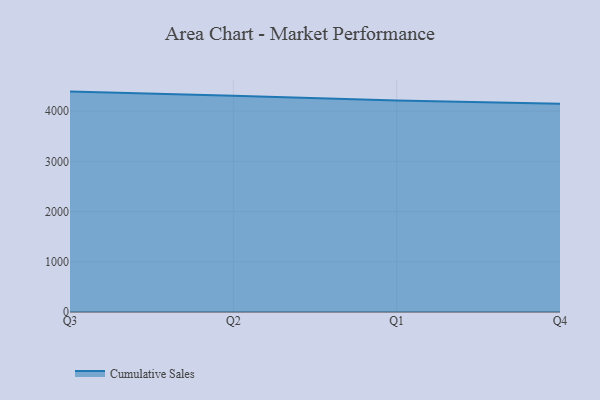
{"axis": {"x": "Quarter", "y": "Inventory Turnover"}, "legend": ["Cumulative Sales"], "data": [{"x": "Q3", "y": 4388.9, "type": "Cumulative Sales"}, {"x": "Q2", "y": 4308.5, "type": "Cumulative Sales"}, {"x": "Q1", "y": 4210.8, "type": "Cumulative Sales"}, {"x": "Q4", "y": 4148.0, "type": "Cumulative Sales"}]}